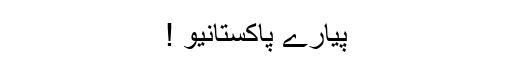
پیارے پاکستانیو !